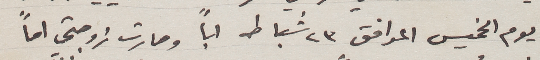
يوم الخميس الموافق 23 شباط اباً وصارت زوجتي اماً